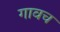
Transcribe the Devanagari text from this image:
गावच